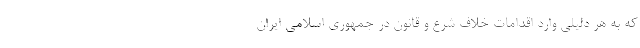
که به هر دلیلی وارد اقدامات خلاف شرع و قانون در جمهوری اسلامی ایران